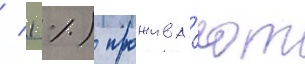
/ 1 %) прожива́ют